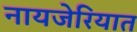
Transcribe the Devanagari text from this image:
नायजेरियात